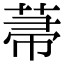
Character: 菷